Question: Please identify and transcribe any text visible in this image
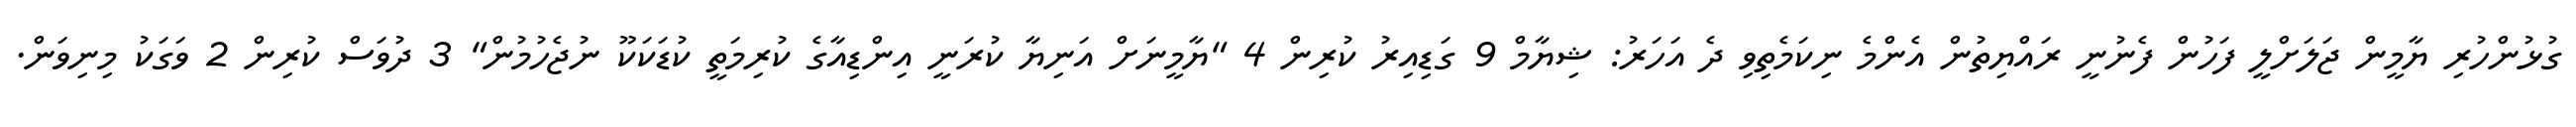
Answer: ގުޅުންހުރި ޔާމީން ޖަލަށްލީ ފަހުން ފެނުނީ ރައްޔިތުން އެންމެ ނިކަމެތިވި ދެ އަހަރު: ޝިޔާމް 9 ގަޑިއިރު ކުރިން 4 "ޔާމީނަށް އަނިޔާ ކުރަނީ އިންޑިއާގެ ކުރިމަތީ ކުޑަކަކޫ ނުޖެހުމުން" 3 ދުވަސް ކުރިން 2 ވަގަކު މިނިވަން.